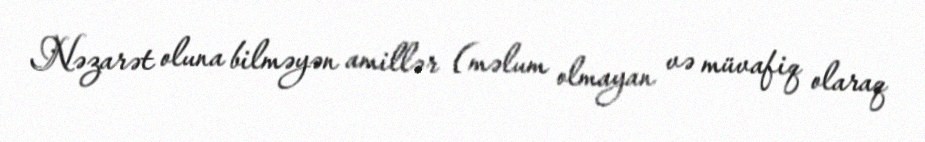
Nəzarət oluna bilməyən amillər (məlum olmayan və müvafiq olaraq